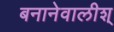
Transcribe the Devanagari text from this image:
बनानेवालीश्